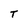
Character: T